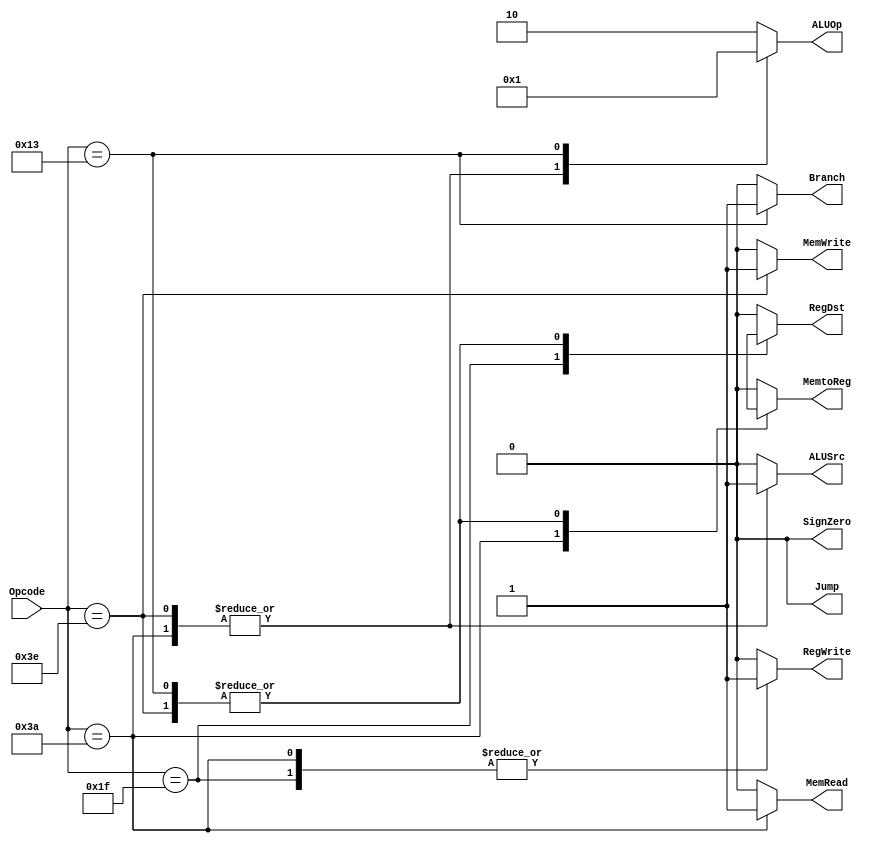
`timescale 1 ps / 100 fs

module Control(RegDst, ALUSrc, MemtoReg, RegWrite, MemRead, MemWrite, Branch, ALUOp, Jump, SignZero, Opcode);

    output RegDst,ALUSrc,MemtoReg,RegWrite,MemRead,MemWrite,Branch,Jump,SignZero;
    output [1:0] ALUOp;
    input [5:0] Opcode;
    reg RegDst,ALUSrc,MemtoReg,RegWrite,MemRead,MemWrite,Branch,Jump,SignZero;
    reg [1:0] ALUOp;

    always @(*)
    casex (Opcode)
        6'b011111 : begin // X and XO type
                        RegDst = 1'b1;
                        ALUSrc = 1'b0;
                        MemtoReg= 1'b0;
                        RegWrite= 1'b1;
                        MemRead = 1'b0;
                        MemWrite= 1'b0;
                        Branch = 1'b0;
                        ALUOp = 2'b10;
                        Jump = 1'b0;
                        SignZero= 1'b0;
                    end
        // 6'b111010 : begin // Immediate
        //                 RegDst = 1'b0;
        //                 ALUSrc = 1'b1;
        //                 MemtoReg= 1'b0;
        //                 RegWrite= 1'b1;
        //                 MemRead = 1'b0;
        //                 MemWrite= 1'b0;
        //                 Branch = 1'b0;
        //                 ALUOp = 2'b10;
        //                 Jump = 1'b0;
        //                 SignZero= 1'b0; // sign extend
        //             end
        6'b111010 : begin // DS - load Double Word
                        RegDst = 1'b0;
                        ALUSrc = 1'b1;
                        MemtoReg= 1'b1;
                        RegWrite= 1'b1;
                        MemRead = 1'b1;
                        MemWrite= 1'b0;
                        Branch = 1'b0;
                        ALUOp = 2'b00;
                        Jump = 1'b0;
                        SignZero= 1'b0; // sign extend
                    end
        6'b111110 : begin // DS - Store Double Word
                        RegDst = 1'bx;
                        ALUSrc = 1'b1;
                        MemtoReg= 1'bx;
                        RegWrite= 1'b0;
                        MemRead = 1'b0;
                        MemWrite= 1'b1;
                        Branch = 1'b0;
                        ALUOp = 2'b00;
                        Jump = 1'b0;
                        SignZero= 1'b0;
                    end
        6'b010011 : begin // B - Branch Conditional Relative
                        RegDst = 1'bx;
                        ALUSrc = 1'b0;
                        MemtoReg= 1'bx;
                        RegWrite= 1'b0;
                        MemRead = 1'b0;
                        MemWrite= 1'b0;
                        Branch = 1'b1;
                        ALUOp = 2'b01;
                        Jump = 1'b0;
                        SignZero= 1'b0; // sign extend
                    end
        
        default :   begin 
                        RegDst = 1'b0;
                        ALUSrc = 1'b0;
                        MemtoReg= 1'b0;
                        RegWrite= 1'b0;
                        MemRead = 1'b0;
                        MemWrite= 1'b0;
                        Branch = 1'b0;
                        ALUOp = 2'b10;
                        Jump = 1'b0;
                        SignZero= 1'b0;
                    end
    
    endcase

endmodule